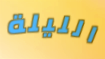
الليلة